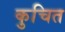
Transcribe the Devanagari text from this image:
कुचित